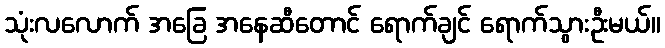
သုံးလလောက် အခြေ အနေဆီတောင် ရောက်ချင် ရောက်သွားဦးမယ်။